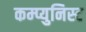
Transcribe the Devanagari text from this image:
कम्प्युनिस्ट